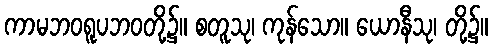
ကာမဘဝရူပဘဝတို့၌။ စတူသု၊ ကုန်သော။ ယောနီသု၊ တို့၌။